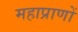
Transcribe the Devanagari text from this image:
महाप्राणों